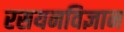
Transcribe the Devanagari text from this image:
रसयनविज्ञान